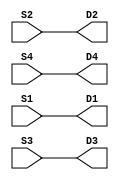
module main (input  S2, input  S4, input  S1, input  S3, output  D1, output  D2, output  D3, output  D4);
assign D1 = S1;
assign D2 = S2;
assign D3 = S3;
assign D4 = S4;
endmodule